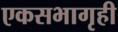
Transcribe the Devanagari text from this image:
एकसभागृही